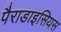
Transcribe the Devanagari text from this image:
पैराडाइसियस